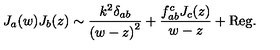
J _ { a } ( w ) J _ { b } ( z ) \sim \frac { k ^ { 2 } \delta _ { a b } } { { ( w - z ) } ^ { 2 } } + \frac { f _ { a b } ^ { c } J _ { c } ( z ) } { w - z } + \mathrm { R e g . }